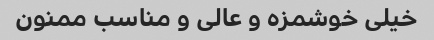
خیلی خوشمزه و عالی و مناسب ممنون